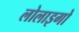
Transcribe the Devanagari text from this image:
लोलाइगो